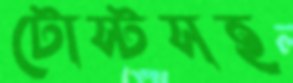
টোস্টসহ